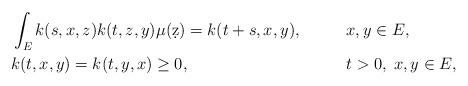
LaTeX: \begin{align*} &\int_E k(s,x,z)k(t,z,y) \mu(\d z) = k(t+s,x,y), && x,y \in E, \\&k(t,x,y) = k(t,y,x)\ge 0, && t>0,\; x,y \in E,\end{align*}